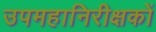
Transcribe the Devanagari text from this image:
उपमहानिरीक्षकों